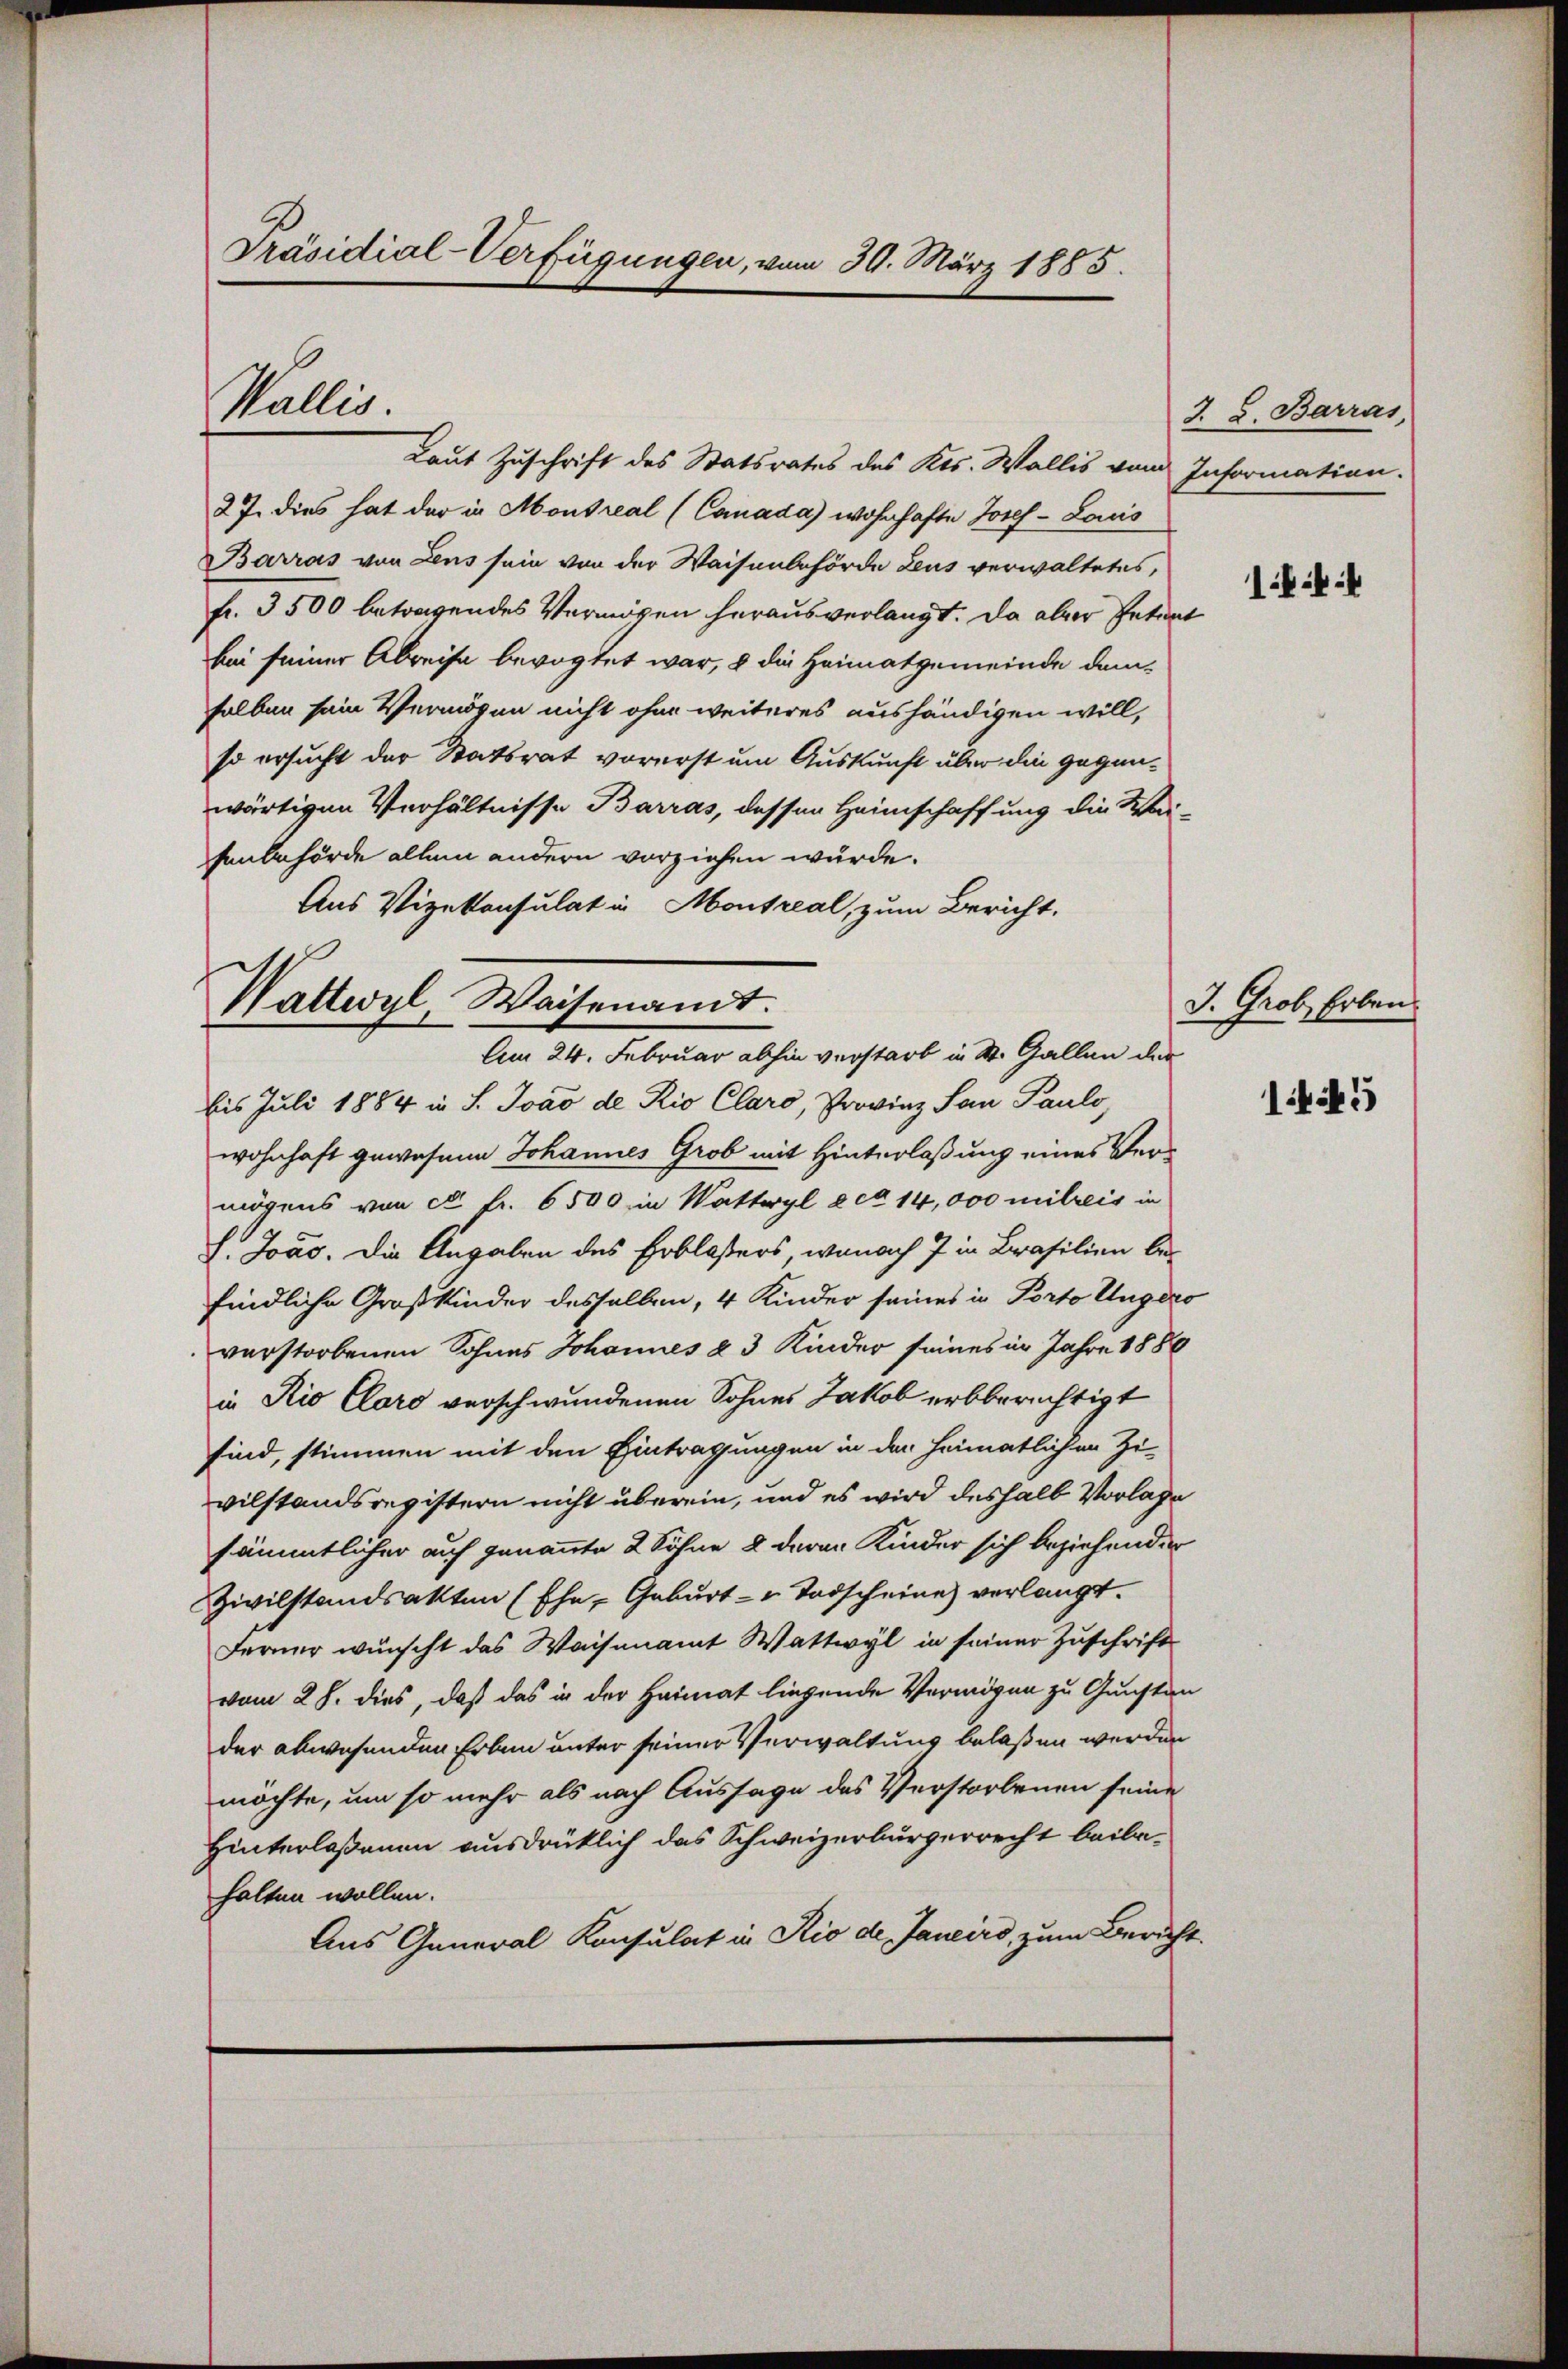
Präsidial-Verfügungen, vom 30. März 1885.

Wallis.

Laut Zuschrift des Statsrates des Kts. Wallis vom Information.
27. dies hat der in Montreal (Canada wohnhafte Josef- Laus
Barras von Lens sein von der Waisenbehörde Leus verwaltetes,
fr. 3500 betragendes Vermögen heraus verlangt. Da aber Petent
bei seiner Abreise bevogtet war, 8 die Heimatgemeinde demselben sein Vermögen nicht ohne weiteres aushändigen will,
so ersucht der Statsrat vorerst um Auskunft über die gegenwärtigen Verhältnisse Barras, dessen Heimschaffung die Wai-
senbehörde allein andern vorziehen wurde.
Aus Vizekonsulat in Montreal, zum Bericht.

Wattwyl, Waisenamt.
Am 24. Februar abhin verstarb in St. Gallen der

J. G. Barras

bis Juli 1884 in S. Joaó de Rio Claro, Provinz San Pauls,
wohnhaft gewesene Johannes Grob mit Hinterlaßung eines Vermögens von ca Fr. 6500 in Wattwyl e ca 14,000 mitreis in
L. Joas. Die Angaben des Erblassers, wonach 7 in Brasilien befindliche Großkinder desselben, 4 Kinder seines in Porto Ungero
verstorbenen Sohnes Johannes & 3 Kinder seines in Jahre 1886
in Rio Cloro verschwundenen Sohnes Jakob erbberechtigt
sind, stimmen mit den Eintragungen in den heimatlichen Zi-
vilstandsregistern nicht überein, und es wird deshalb Vorlage
sämmtlicher auf genannte 2 Söhne & deren Kinder sich beziehender
Zivilstandsakten (Ehe, Geburt - u Todscheine verlangt.
Ferner wünscht das Waisenamt Wattwyl in seiner Zuschrift
vom 28. dies, daß das in der Heimat liegende Vermögen zu Gunsten
der abwesenden Erben unter seiner Verwaltung belaßen werden
möchte, um so mehr als nach Aussage des Verstorbenen seine
Hinterlaßenen ausdrücklich das Schweizerbürgerrecht beilahalten wollen.
Aus General Konsulat in Rio de Janeiro, zum Bericht.

1:4

J. Grob, Erben

13